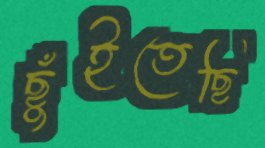
ছুঁইতেছি